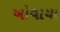
ખોવાયા